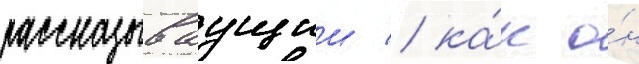
рассказываущии / ка́к о́н